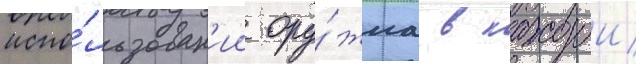
испо́льзован'ии ору́жиа в каждои